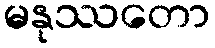
မနုဿတော